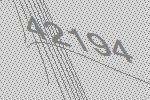
42194